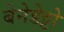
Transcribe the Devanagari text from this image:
बेनेडेट्टो